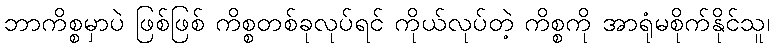
ဘာကိစ္စမှာပဲ ဖြစ်ဖြစ် ကိစ္စတစ်ခုလုပ်ရင် ကိုယ်လုပ်တဲ့ ကိစ္စကို အာရုံမစိုက်နိုင်သူ၊